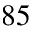
^ { 8 5 }